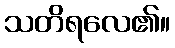
သတိရလေ၏။